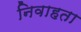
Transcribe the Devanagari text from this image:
निवाहता